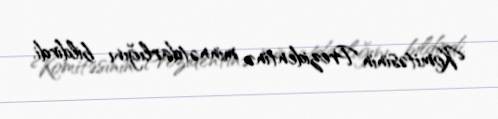
Komitəsinin Prezidentinə minnətdarlığını bildirdi.